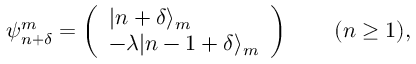
\psi _ { n + \delta } ^ { m } = \left( \begin{array} { l } { | n + \delta \rangle _ { m } } \\ { - \lambda | n - 1 + \delta \rangle _ { m } } \end{array} \right) \qquad ( n \geq 1 ) ,